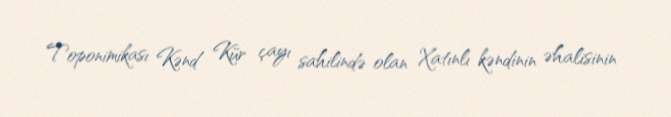
Toponimikası Kənd Kür çayı sahilində olan Xatınlı kəndinin əhalisinin